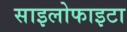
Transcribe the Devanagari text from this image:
साइलोफाइटा